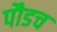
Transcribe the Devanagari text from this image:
पौडच